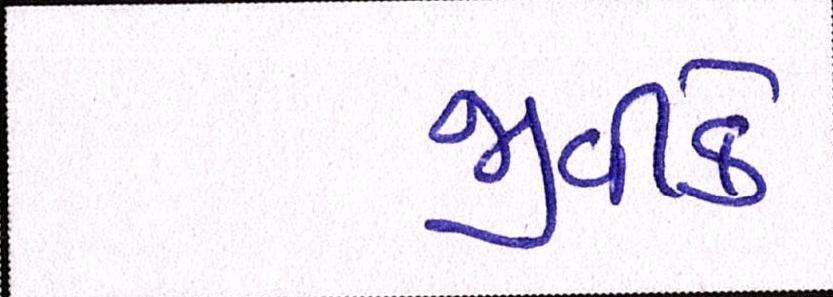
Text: જીવીકે